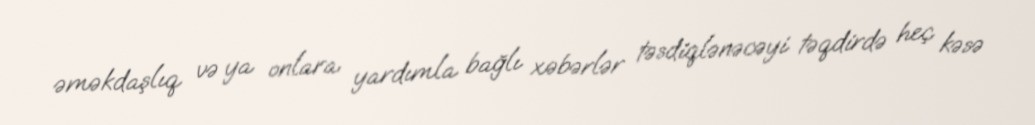
əməkdaşlıq və ya onlara yardımla bağlı xəbərlər təsdiqlənəcəyi təqdirdə heç kəsə